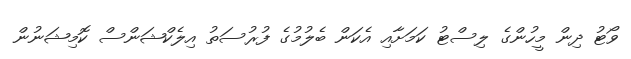
ވޯޓު ދިން މީހުންގެ ލިސްޓު ކަމަށާއި އެކަން ބެލުމުގެ ފުރުސަތު އިލެކްޝަންސް ކޮމިޝަނުން